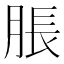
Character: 脹